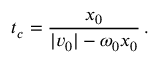
t _ { c } = \frac { x _ { 0 } } { | v _ { 0 } | - \omega _ { 0 } x _ { 0 } } \, .